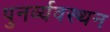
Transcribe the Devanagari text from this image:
पुनर्व्यवस्थन